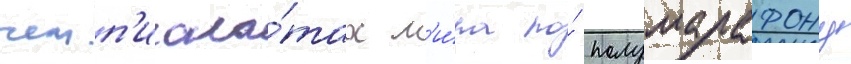
чемп'иона́тах м'и́ра по́ полумарафону